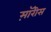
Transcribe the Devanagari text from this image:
म़ॉरीस